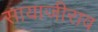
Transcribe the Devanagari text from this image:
सायाजीराव